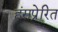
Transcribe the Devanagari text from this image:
हंसप्रेरित